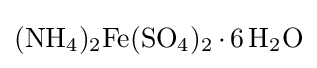
{\ce {(NH4)2Fe(SO4)2*6H2O}}